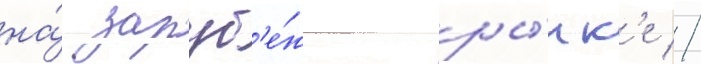
на́ заруб'е́жном ры́нк'е //